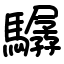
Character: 驏